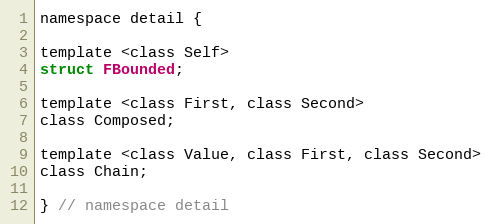
Language: C
namespace detail {

template <class Self>
struct FBounded;

template <class First, class Second>
class Composed;

template <class Value, class First, class Second>
class Chain;

} // namespace detail